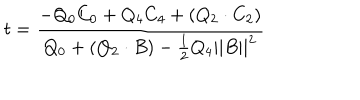
LaTeX: t = { \frac { - Q _ { 0 } C _ { 0 } + Q _ { 4 } C _ { 4 } + ( Q _ { 2 } \cdot C _ { 2 } ) } { Q _ { 0 } + ( Q _ { 2 } \cdot B ) - { \frac { 1 } { 2 } } Q _ { 4 } | | B | | ^ { 2 } } }